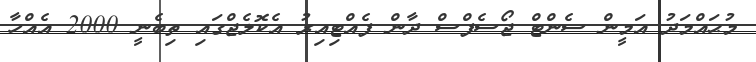
މުޙައްމަދު އަމީން ސެންޓް ޖޯސެފްސް ދާން ފެއްޓިއިރު އެކޮލެޖްގައި ތިބެނީ 2000 އެއްހާ